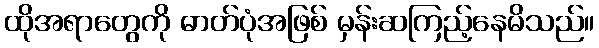
ထိုအရာတွေကို ဓာတ်ပုံအဖြစ် မှန်းဆကြည့်နေမိသည်။